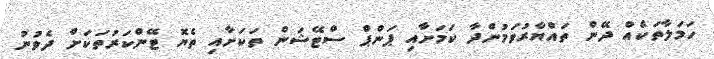
ހަމަލާތަކެއް ދޭން ތައްޔާރުވަމުންދާ ކަމަށާއި ޕަންޕް ސްޓޭޝަން ތަކަށާއި ތެޔޮ ޓޭންކަރުތަކަށް ދެވުނު